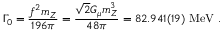
\Gamma _ { 0 } = \frac { f ^ { 2 } m _ { Z } } { 1 9 6 \pi } = \frac { \sqrt { 2 } G _ { \mu } m _ { Z } ^ { 3 } } { 4 8 \pi } = 8 2 . 9 4 1 ( 1 9 ) ~ \mathrm { M e V } ~ .